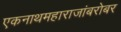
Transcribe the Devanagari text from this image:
एकनाथमहाराजांबरोबर